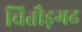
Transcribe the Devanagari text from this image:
चितौड़गढ